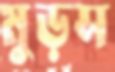
মুড়স